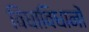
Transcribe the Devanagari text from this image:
विधाविधानों